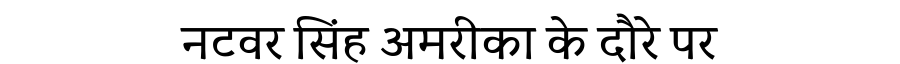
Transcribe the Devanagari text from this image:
नटवर सिंह अमरीका के दौरे पर